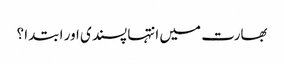
بھارت میں انتہا پسندی اور ابتدا ؟